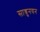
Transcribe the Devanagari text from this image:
साश्रुनयन